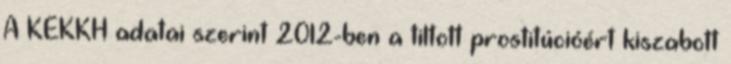
A KEKKH adatai szerint 2012-ben a tiltott prostitúcióért kiszabott